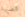
قضية